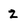
Character: Z